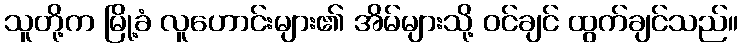
သူတို့က မြို့ခံ လူဟောင်းများ၏ အိမ်များသို့ ဝင်ချင် ထွက်ချင်သည်။